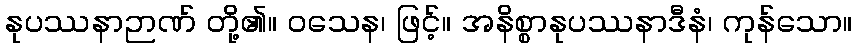
နုပဿနာဉာဏ် တို့၏။ ဝသေန၊ ဖြင့်။ အနိစ္စာနုပဿနာဒီနံ၊ ကုန်သော။